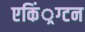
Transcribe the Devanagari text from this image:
एकिं्रग्टन